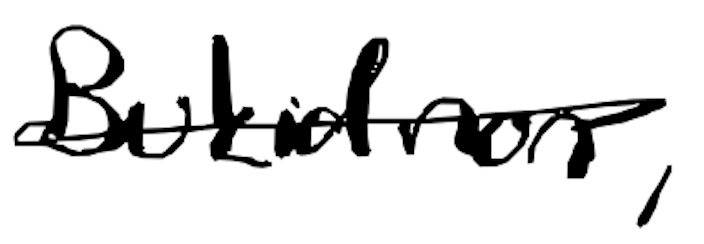
Text: Bukidnon,
Cross-out: single-line
Writing tool: digital_black